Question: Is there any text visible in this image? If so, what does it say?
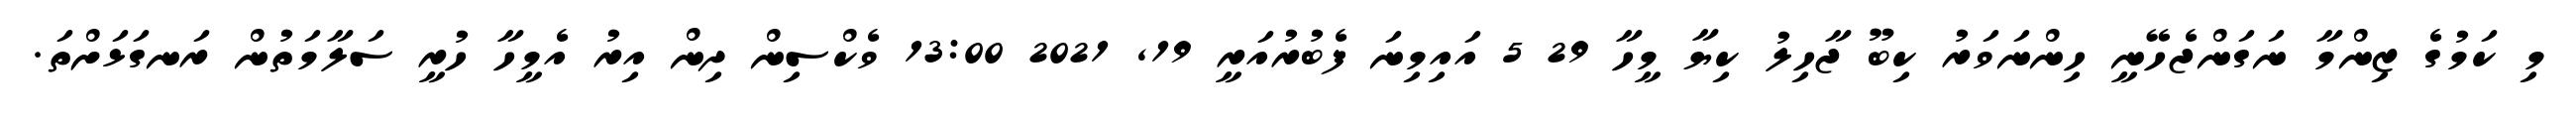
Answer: މި ކަމުގެ ޒިންމާ ނަގަންޖެހޭނީ ހިންނަވަރު ކިބޫ ޖާހިލު ކިޔާ މީހާ 29 5 އައިމިނަ ފެބުރުއަރީ 19, 2021 13:00 ވެކްސިން ދިން އިރު އެމީހާ ހުރީ ސަލާމަތުން ރަނގަޅަށްތަ.